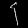
Digit: ၄